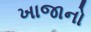
ખાજાનો